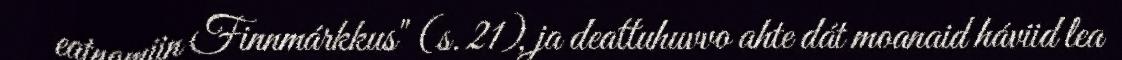
eatnamiin Finnmárkkus" (s. 21), ja deattuhuvvo ahte dát moanaid háviid lea